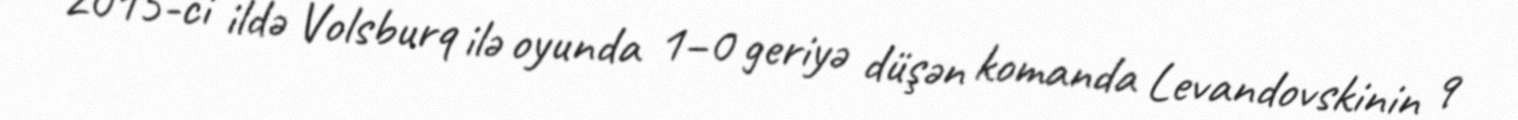
2015-ci ildə Volsburq ilə oyunda 1–0 geriyə düşən komanda Levandovskinin 9